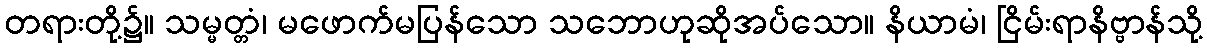
တရားတို့၌။ သမ္မတ္တံ၊ မဖောက်မပြန်သော သဘောဟုဆိုအပ်သော။ နိယာမံ၊ ငြိမ်းရာနိဗ္ဗာန်သို့